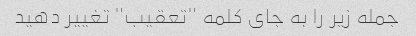
جمله زیر را به جای کلمه "تعقیب" تغییر دهید